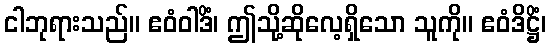
ငါဘုရားသည်။ ဧဝံဝါဒိံ၊ ဤသို့ဆိုလေ့ရှိသော သူကို။ ဧဝံဒိဋ္ဌိံ၊